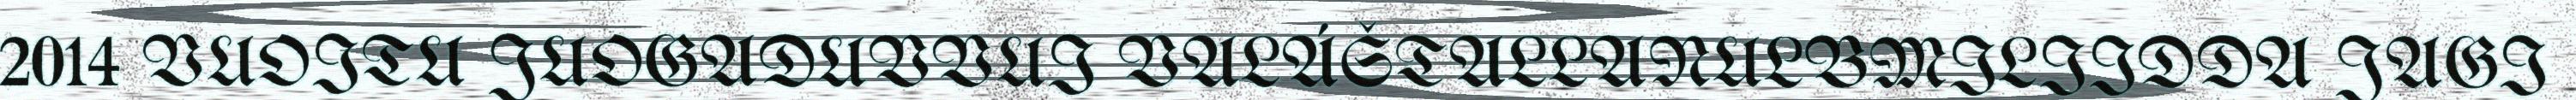
2014 VUOITU JUOGADUVVUI VALÁŠTALLANULBMILIIDDA JAGI